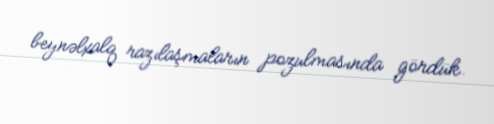
beynəlxalq razılaşmaların pozulmasında gördük.